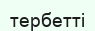
тербетті